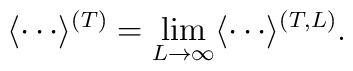
\langle \cdots \rangle^{(T)}=\lim_{L\to\infty}\langle \cdots \rangle^{(T,L)}.